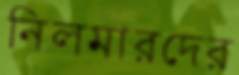
নিলমারদের